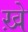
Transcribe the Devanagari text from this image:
ख़े